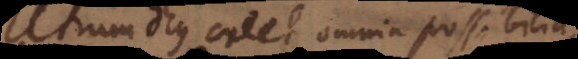
Utrum Deus creet omnia possibilia,